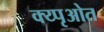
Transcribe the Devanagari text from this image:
क्य्पृओत